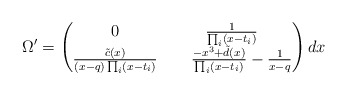
\begin{align*}\Omega'=\begin{pmatrix}0&\frac{1}{\prod_i(x-t_i)}\\ \frac{\tilde{c}(x)}{(x-q)\prod_i(x-t_i)}&\hskip0.5cm\frac{-x^3+\tilde{d}(x)}{\prod_i(x-t_i)}-\frac{1}{x-q}\end{pmatrix}dx\end{align*}